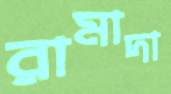
রামাদা